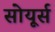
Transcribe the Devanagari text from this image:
सोयूर्स